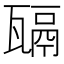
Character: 𤮄